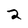
Character: 2